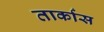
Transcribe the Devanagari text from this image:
तार्कास